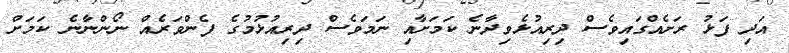
އަދި ފަޅު ރަށެއްގައިވެސް ދިރިއުޅެވިދާނެ ކަމަށާއި ނަމަވެސް ދިރިއުޅުމުގެ ފެންވަރެއް ނޯންނާނެ ކަމަށް